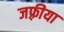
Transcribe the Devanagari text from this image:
जफ़्रीया